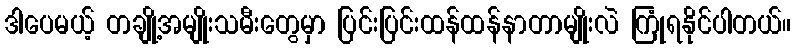
ဒါပေမယ့် တချို့အမျိုးသမီးတွေမှာ ပြင်းပြင်းထန်ထန်နာတာမျိုးလဲ ကြုံရနိုင်ပါတယ်။